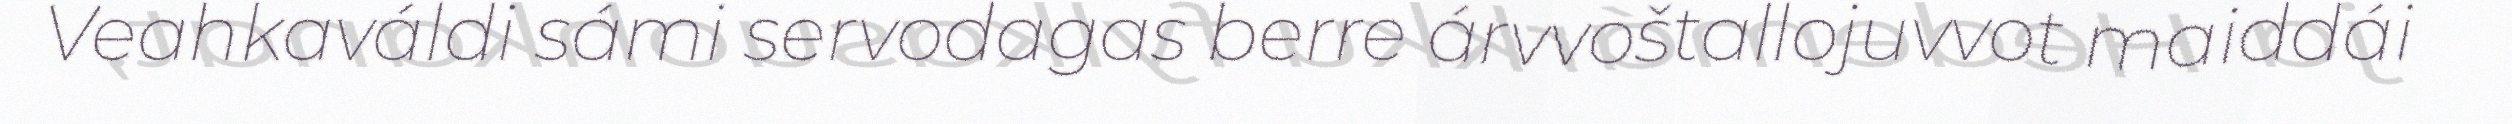
Veahkaváldi sámi servodagas berre árvvoštallojuvvot maiddái